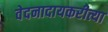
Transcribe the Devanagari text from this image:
वेदनादायकरीत्या